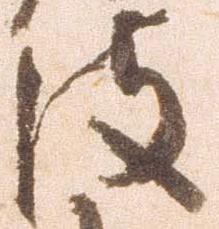
彼